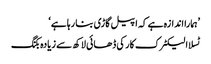
’ہمارا اندازہ ہے کہ اپیل گاڑی بنا رہا ہے‘
ٹسلا الیکٹرک کار کی ڈھائی لاکھ سے زیادہ بکنگ